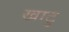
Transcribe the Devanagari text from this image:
खाटु